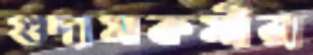
গুদামকর্মীরা